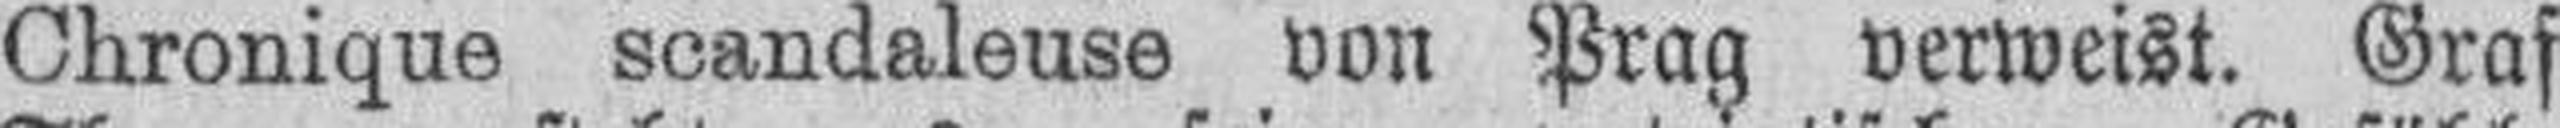
Chronique scandaleuse von Prag verweist. Graf